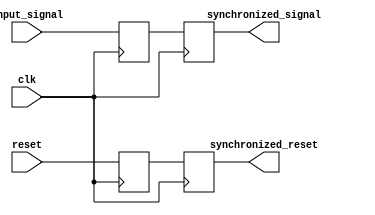
module synchronizer (
    input wire clk,
    input wire input_signal,
    input wire reset,
    output reg synchronized_signal,
    output reg synchronized_reset
);

reg input_signal_sync;
reg reset_sync;

always @(posedge clk)
begin
    input_signal_sync <= input_signal;
    reset_sync <= reset;
end

always @(posedge clk)
begin
    synchronized_signal <= input_signal_sync;
    synchronized_reset <= reset_sync;
end

endmodule